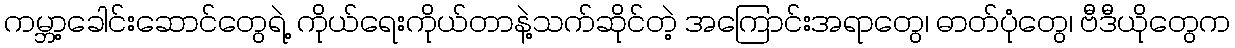
ကမ္ဘာ့ခေါင်းဆောင်တွေရဲ့ ကိုယ်ရေးကိုယ်တာနဲ့သက်ဆိုင်တဲ့ အကြောင်းအရာတွေ၊ ဓာတ်ပုံတွေ၊ ဗီဒီယိုတွေက